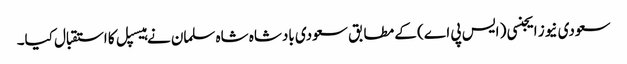
سعودی نیوز ایجنسی ( ایس پی اے) کے مطابق سعودی بادشاہ شاہ سلمان نے ہیسپل کا استقبال کیا۔